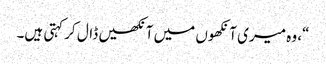
“، وہ میری آنکھوں میں آنکھیں ڈال کر کہتی ہیں۔